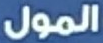
المول